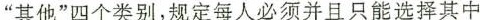
”其他”四个类别，规定每人必须并且只能选择其中